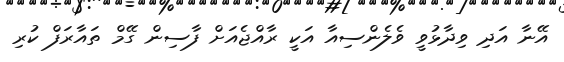
އޭނާ އަދި ވިދާޅުވީ ވެލެންސިއާ އަކީ ރާއްޖެއަށް ފާސިން ގޭމް ތައާރަފް ކުރި